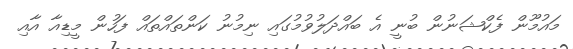
މައުމޫން ފެކްޝަނުން ބުނީ އެ ބައްދަލުވުމުގައި ނިމުނު ކަންތައްތައް ފަހުން މީޑިއާ އާއި